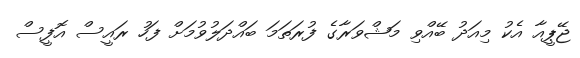
ޖޭޕީއާ އެކު މިއަދު ބޭއްވި މަޝްވަރާގެ ފުރަތަމަ ބައްދަލުވުމަށް ފަހު ރައީސް އޮފީސް